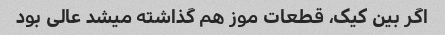
اگر بین کیک، قطعات موز هم گذاشته میشد عالی بود